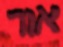
אור